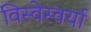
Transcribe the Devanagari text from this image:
विस्वेस्वर्या